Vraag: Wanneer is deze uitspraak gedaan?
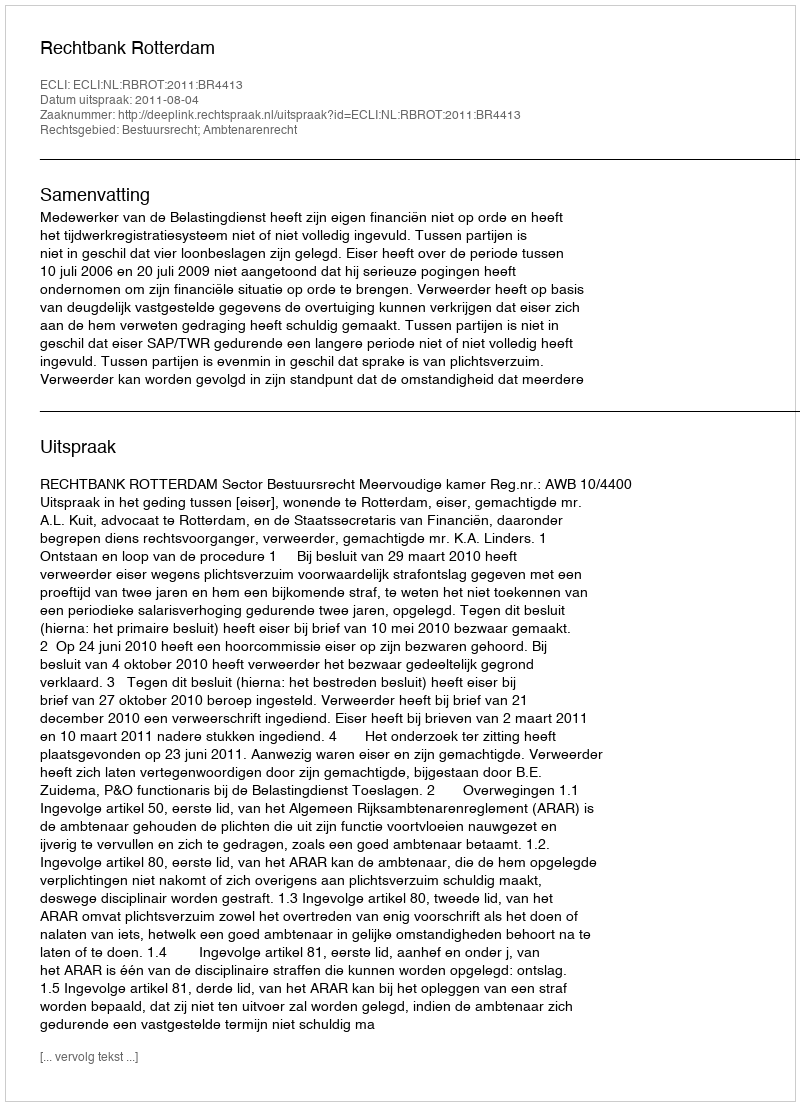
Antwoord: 2011-08-04